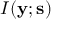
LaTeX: I ( \mathbf { y } ; \mathbf { s } )